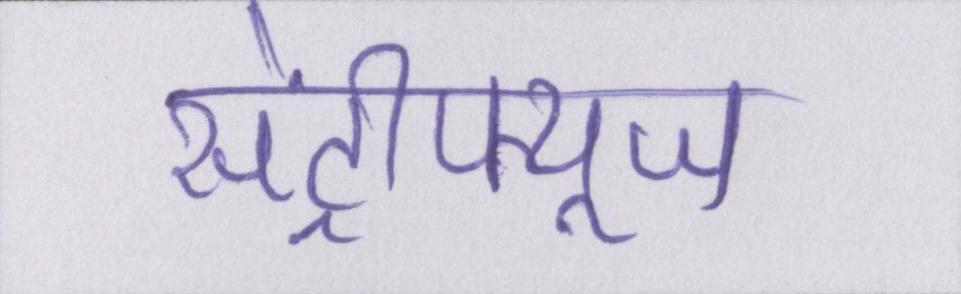
सेंट्रीफ्यूज